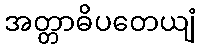
အတ္တာဓိပတေယျံ